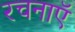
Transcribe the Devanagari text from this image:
रचनाएॅ